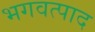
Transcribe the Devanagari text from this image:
भगवत्पाद